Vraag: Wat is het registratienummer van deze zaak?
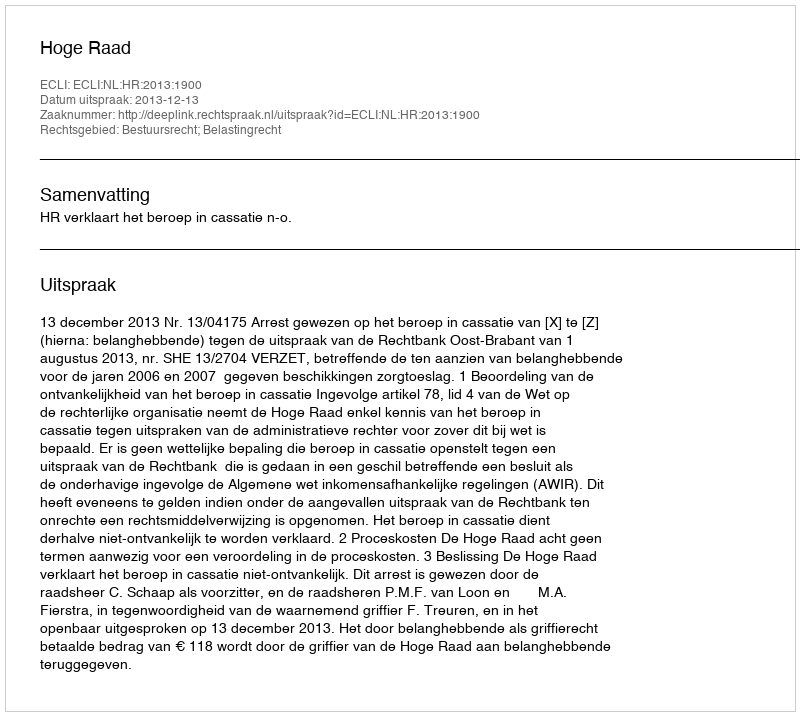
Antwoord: http://deeplink.rechtspraak.nl/uitspraak?id=ECLI:NL:HR:2013:1900